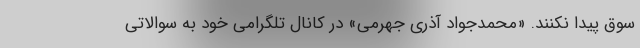
سوق پیدا نکنند. «محمدجواد آذری جهرمی» در کانال تلگرامی خود به سوالاتی